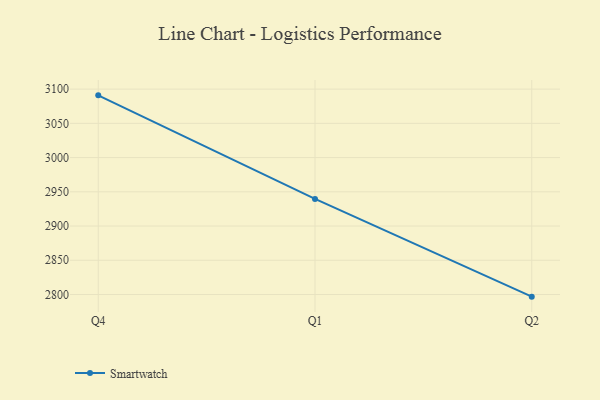
{"axis": {"x": "Quarter", "y": "Demand Index"}, "legend": ["Smartwatch"], "data": [{"x": "Q4", "y": 3090.9, "type": "Smartwatch"}, {"x": "Q1", "y": 2939.7, "type": "Smartwatch"}, {"x": "Q2", "y": 2796.9, "type": "Smartwatch"}]}